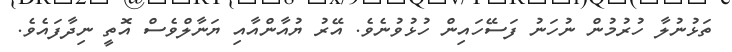
ތަޅުނުލާ ހުރުމުން ނުހަަނު ފަސޭހައިން ހުޅުވުނެވެ. އޭރު ޔުއާންއާއި ޔަނާލްވެސް އޮތީ ނިދާފައެވެ.